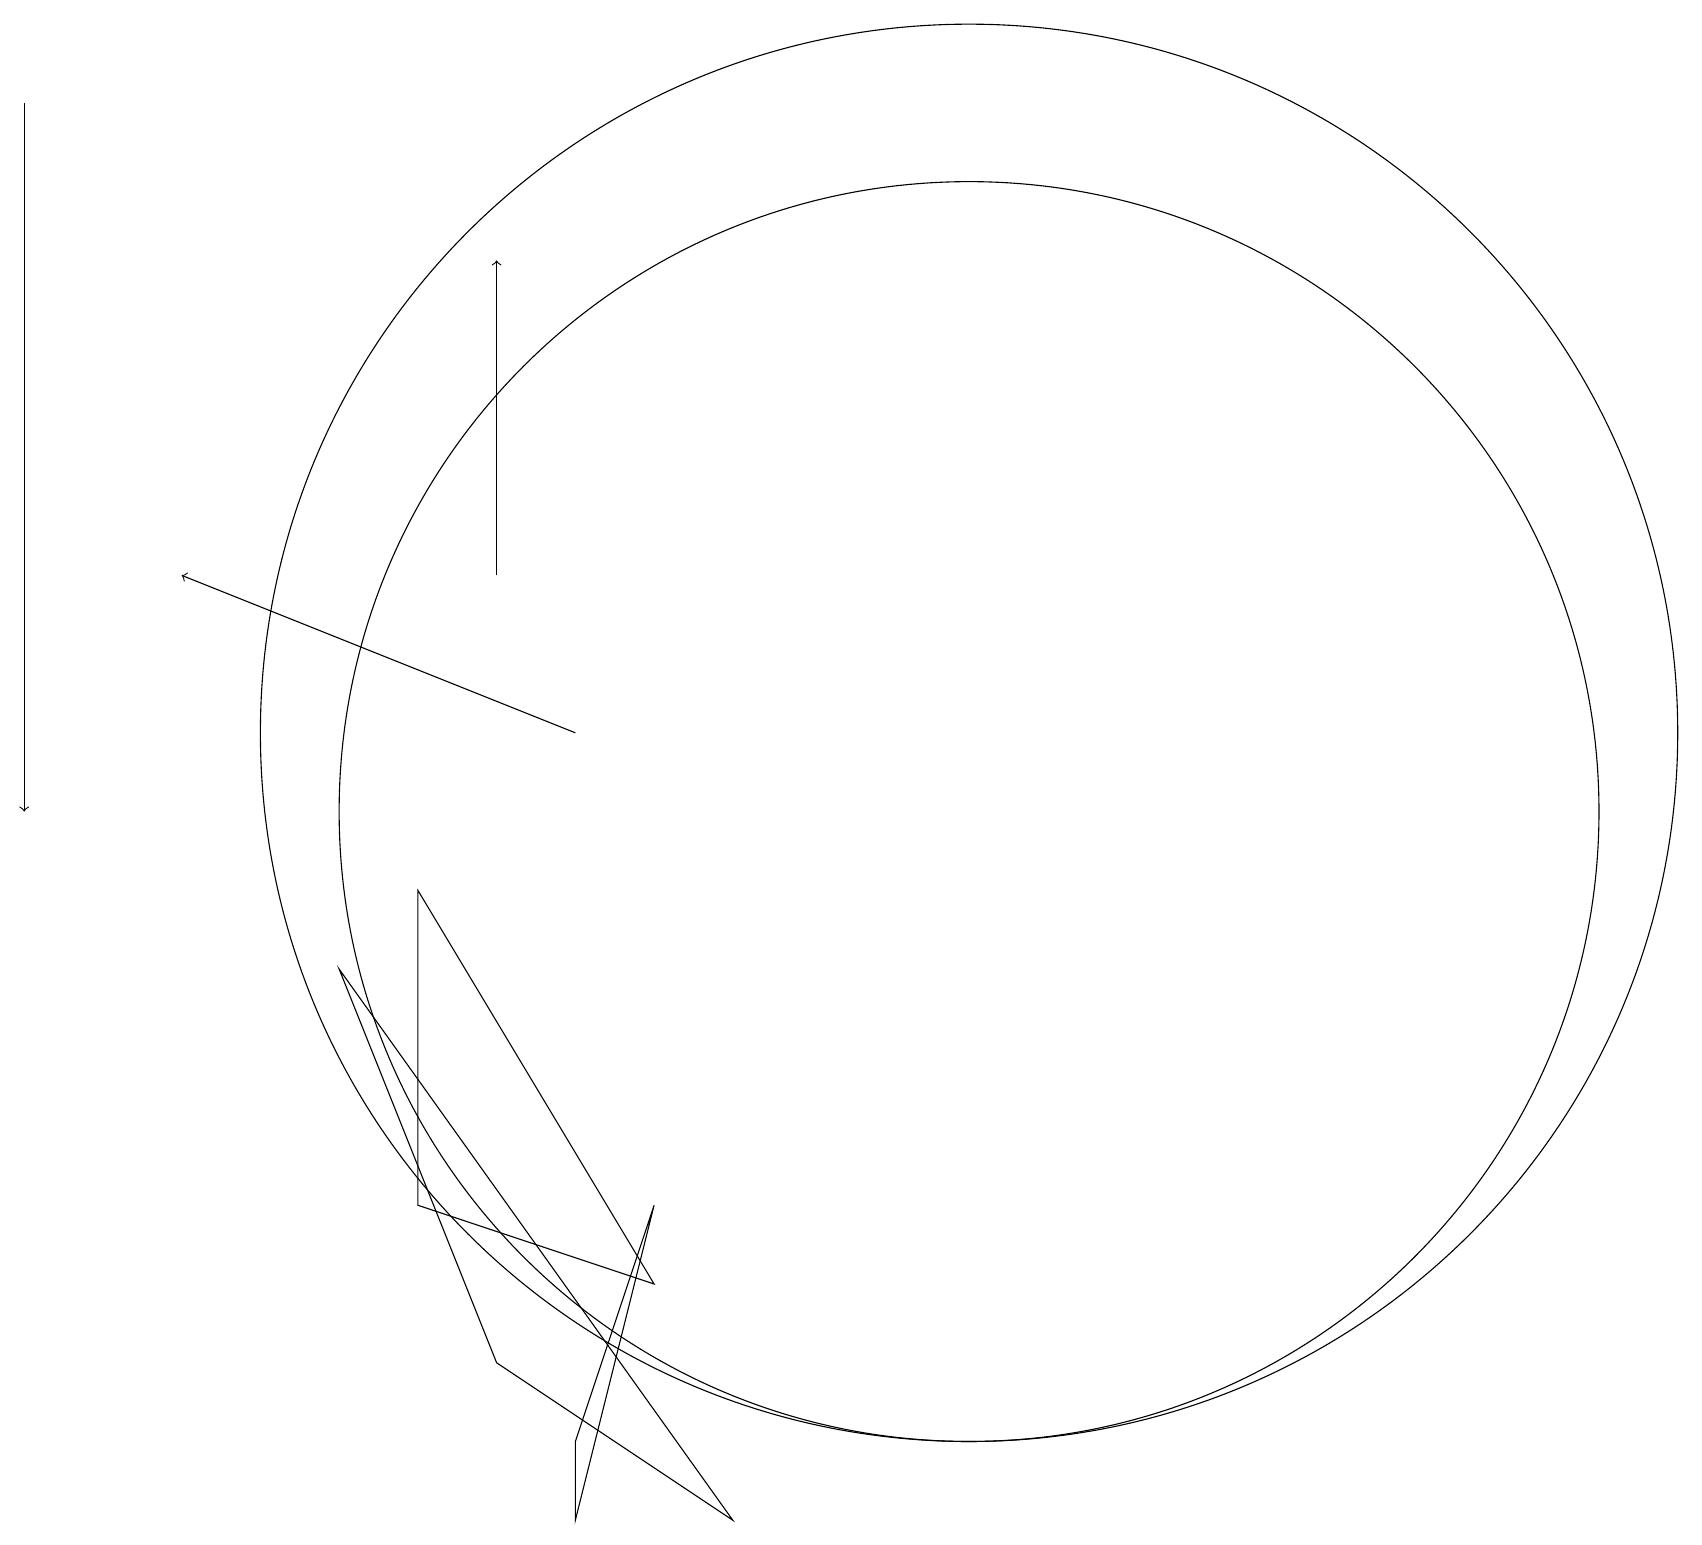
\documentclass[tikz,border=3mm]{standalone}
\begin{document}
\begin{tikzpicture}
\draw[->] (6,13) -- (6,17);
\draw (12,10) circle (8);
\draw[->] (7,11) -- (2,13);
\draw (12,11) circle (9);
\draw (5,5) -- (5,9) -- (8,4) -- cycle;
\draw (7,2) -- (8,5) -- (7,1) -- cycle;
\draw (4,8) -- (6,3) -- (9,1) -- cycle;
\draw[->] (0,19) -- (0,10);
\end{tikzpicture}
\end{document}